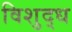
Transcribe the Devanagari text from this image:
विशुद्‍ध